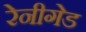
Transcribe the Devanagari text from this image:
रेनीगेड